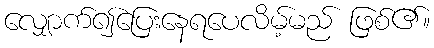
လျှောက်၍ပြေးနေရပေလိမ့်မည် ဖြစ်၏။